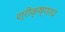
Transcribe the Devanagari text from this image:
श्रीकृष्णाचं